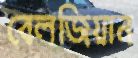
বেলজিয়ান